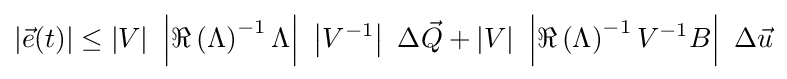
\left|{\vec {e}}(t)\right|\leq \left|V\right|\ \left|\Re \left(\Lambda \right)^{-1}\Lambda \right|\ \left|V^{-1}\right|\ \Delta {\vec {Q}}+\left|V\right|\ \left|\Re \left(\Lambda \right)^{-1}V^{-1}B\right|\ \Delta {\vec {u}}